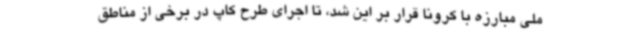
ملی مبارزه با کرونا قرار بر این شد، تا اجرای طرح کاپ در برخی از مناطق